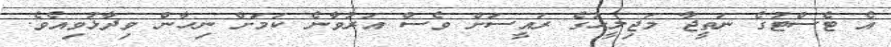
އެ ޓެސްޓުގެ ނަތީޖާ މަޖިލީހުގެ ރައީސަށް ވެސް އަރުވާނެ ކަމަށް ނިހާން ވިދާޅުވިއެވެ.